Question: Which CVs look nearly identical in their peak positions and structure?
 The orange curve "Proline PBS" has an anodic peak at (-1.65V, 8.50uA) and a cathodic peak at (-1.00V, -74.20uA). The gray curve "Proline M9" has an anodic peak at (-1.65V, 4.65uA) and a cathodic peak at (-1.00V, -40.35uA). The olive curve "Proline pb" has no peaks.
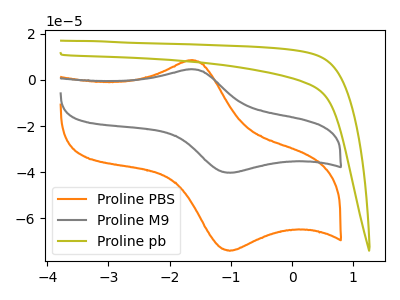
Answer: <think>All the peaks in "Proline PBS" have a peak in "Proline M9" at the same potential. Every peak in "Proline PBS" is higher than every peak in "Proline M9". "Proline PBS" and "Proline pb" have a different number of peaks. "Proline M9" and "Proline pb" have a different number of peaks.
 </think>
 <answer>"Proline PBS" and "Proline M9" have the same shape and are likely CV's of the same chemical.</answer>
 <eval>"Proline PBS" "Proline M9"</eval>